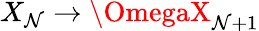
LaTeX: X_{\mathcal{N}}\to\OmegaX_{\mathcal{N}+1}